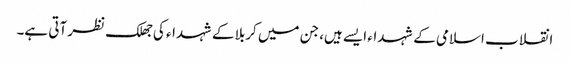
انقلاب اسلامی کے شہداء ایسے ہیں، جن میں کربلا کے شہداء کی جھلک نظر آتی ہے۔